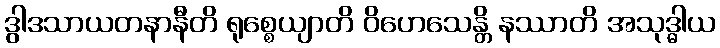
ဒွါဒသာယတနာနီတိ ရုစ္စေယျာတိ ဝိဟေသေန္တိ နဿာတိ အသုဒ္ဓါယ